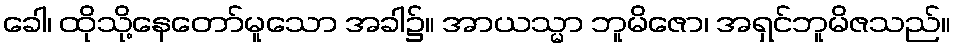
ခေါ၊ ထိုသို့နေတော်မူသော အခါ၌။ အာယသ္မာ ဘူမိဇော၊ အရှင်ဘူမိဇသည်။